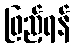
ဖြည့်ရန်